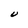
Character: U